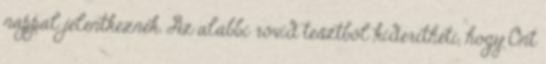
nappal jelentkeznek. Az alábbi rövid tesztből kiderítheti, hogy Önt